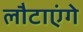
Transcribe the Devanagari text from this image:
लौटाएंगे